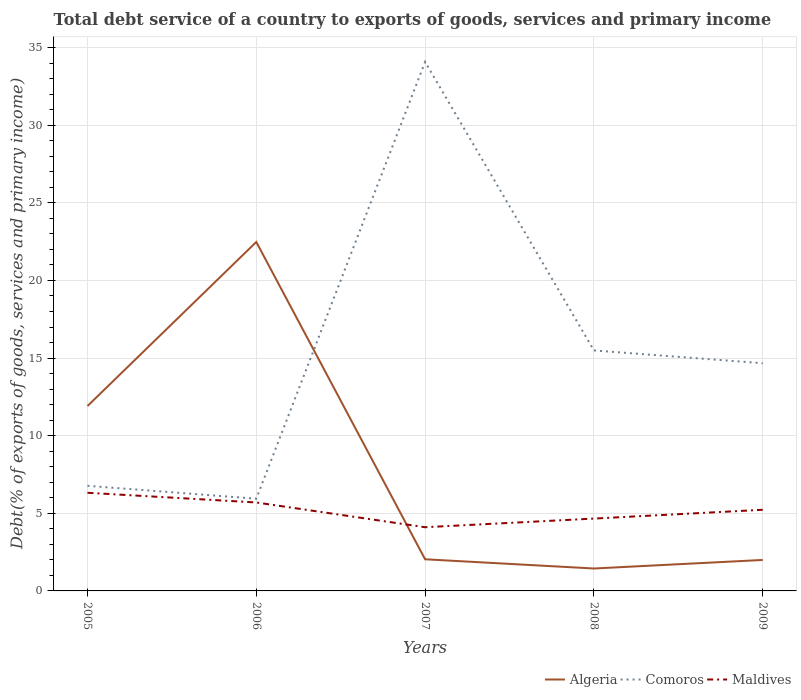
| Years | Algeria | Comoros | Maldives |
 | --- | --- | --- | --- |
 | 2005 | 11.9 | 6.77 | 6.32 |
 | 2006 | 22.5 | 5.94 | 5.7 |
 | 2007 | 2.04 | 34.1 | 4.1 |
 | 2008 | 1.44 | 15.5 | 4.66 |
 | 2009 | 2 | 14.7 | 5.23 |